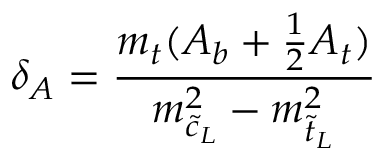
\delta _ { A } = \frac { m _ { t } ( A _ { b } + \frac 1 2 A _ { t } ) } { m _ { \tilde { c } _ { L } } ^ { 2 } - m _ { \tilde { t } _ { L } } ^ { 2 } }